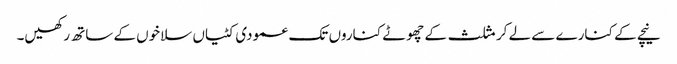
نیچے کے کنارے سے لے کر مثلث کے چھوٹے کناروں تک عمودی کٹیاں سلاخوں کے ساتھ رکھیں۔